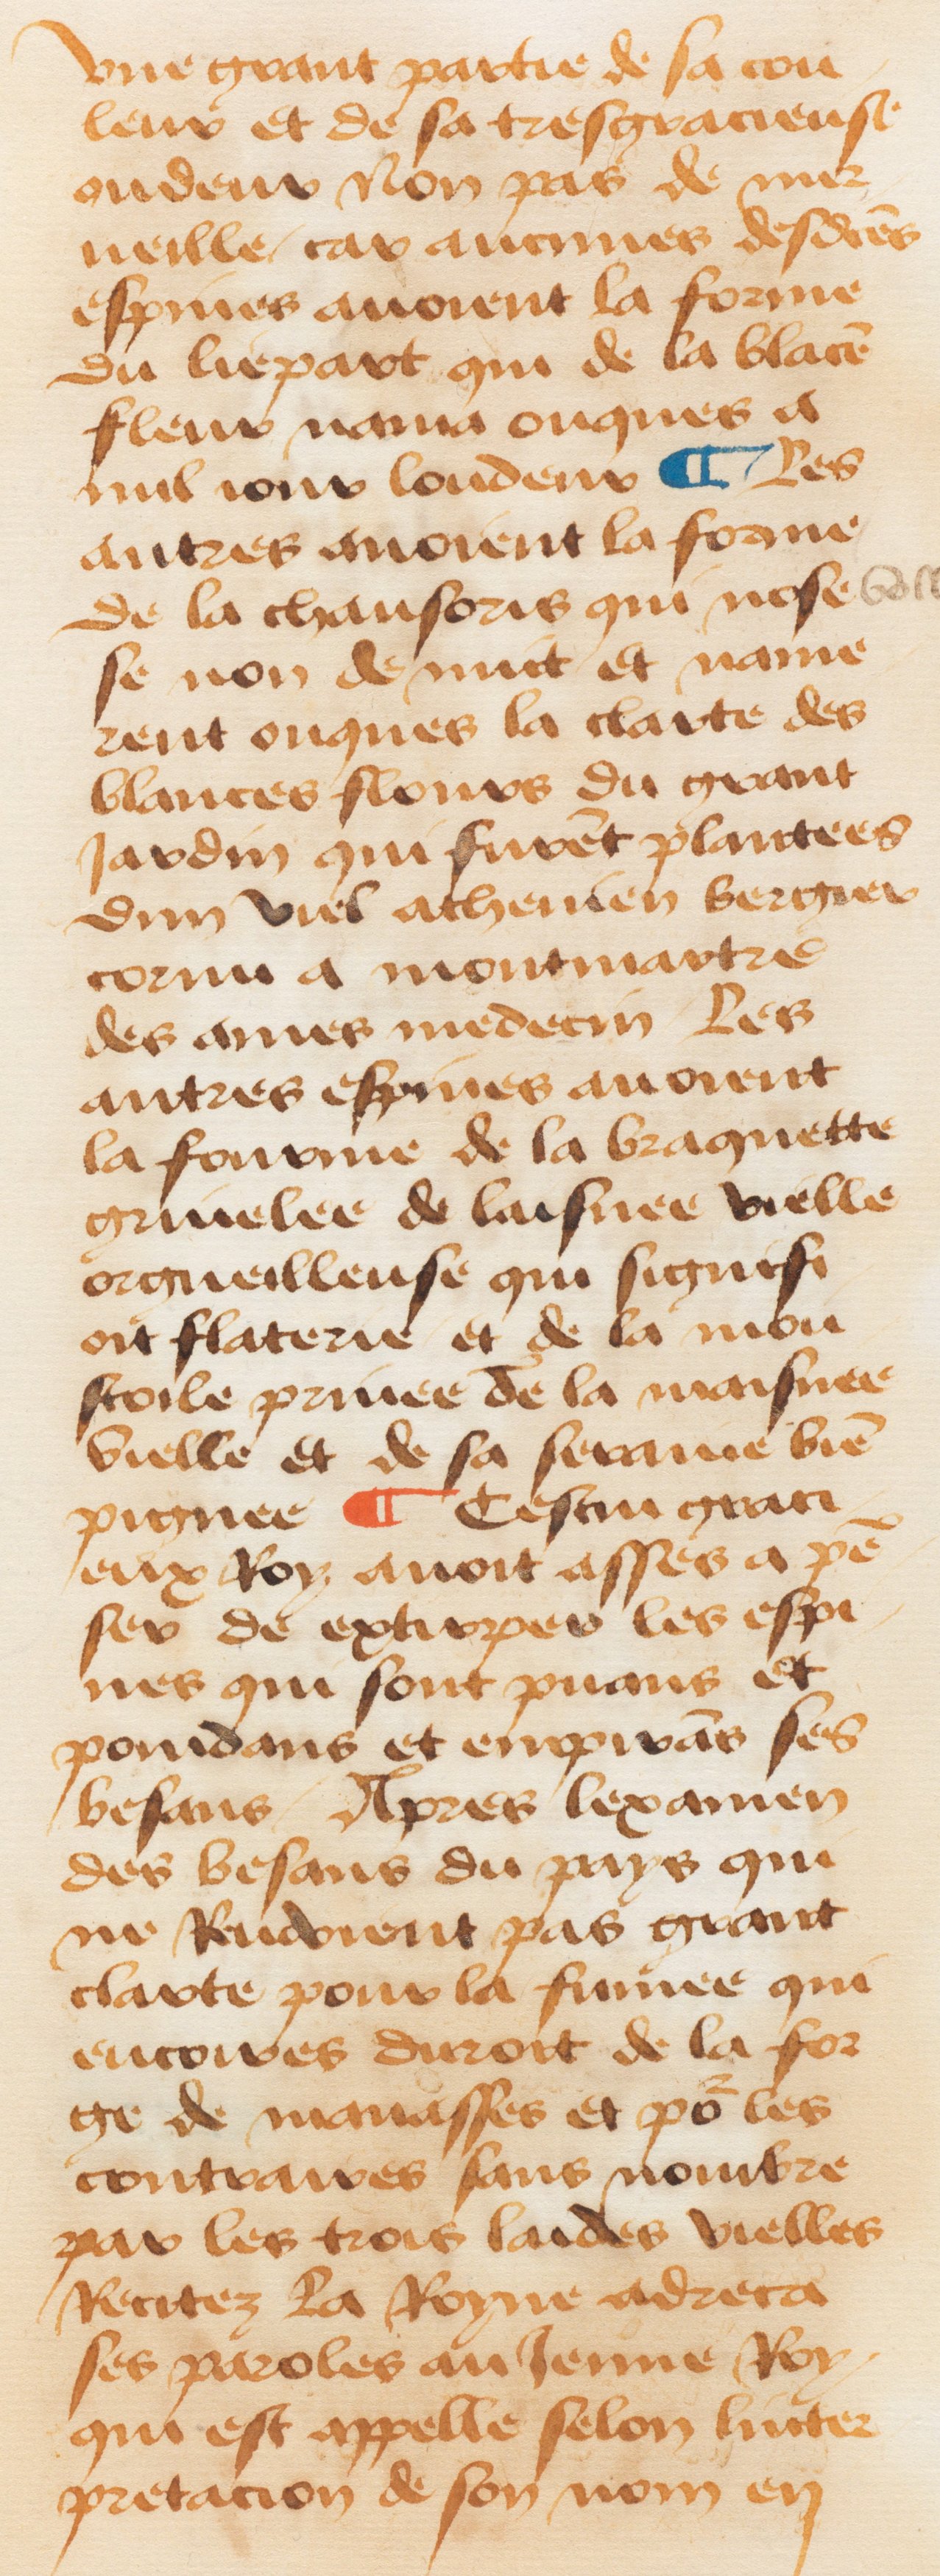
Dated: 1460–1470